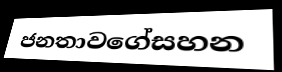
ජනතාවගේසහන